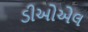
ડીઓએલ